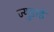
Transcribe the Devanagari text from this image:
ज्युडाई